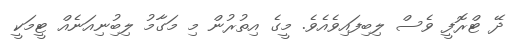
ދޭ ޓްރޮފީ ވެސް ލިބިފައިވެއެވެ. މީގެ އިތުރުން މި މަގާމު ލިބިުނިއަނެއް ޓީމަކީ